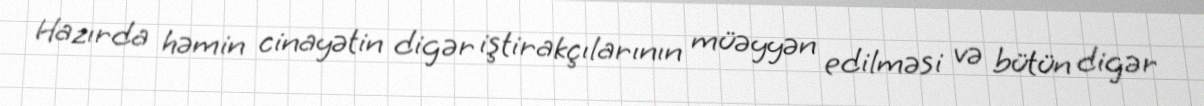
Hazırda həmin cinayətin digər iştirakçılarının müəyyən edilməsi və bütün digər